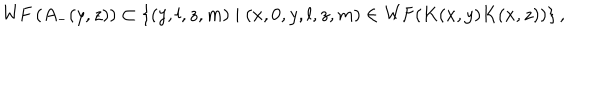
LaTeX: \mathrm { W F } \, ( A _ { - } ( y , z ) ) \subset \{ ( y , l , z , m ) \mid ( x , 0 , y , l , z , m ) \in \mathrm { W F } ( K ( x , y ) K ( x , z ) ) \} \, ,